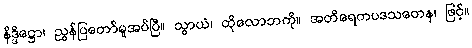
နိဒ္ဒိဋ္ဌော၊ ညွှန်ပြတော်မူအပ်ပြီ။ သွာယံ၊ ထိုလောဘကို။ အတိရေကပဒသတေန၊ ဖြင့်။